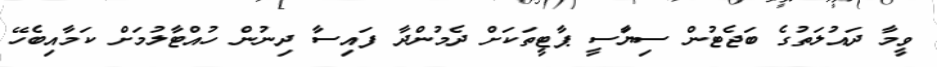
ވީމާ ދައުލަތުގެ ބަޖެޓުން ސިޔާަސީ ޕާޓީތަކަށް ދެމުންދާ ފައިސާ ދިނުން ހުއްޓާލުމަށް ކަމާއިބެހޭ